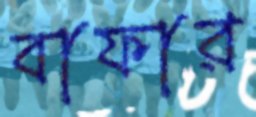
বাফার